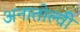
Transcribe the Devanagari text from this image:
अनातोल्वी